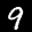
Label: 9